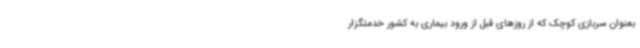
بعنوان سربازی کوچک که از روزهای قبل از ورود بیماری به کشور خدمتگزار